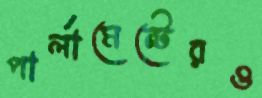
পার্লামেন্টেরও